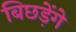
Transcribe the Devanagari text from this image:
बिछड़ेंगे